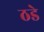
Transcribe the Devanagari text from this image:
ठडे